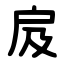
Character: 㧀